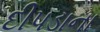
દીપડાના